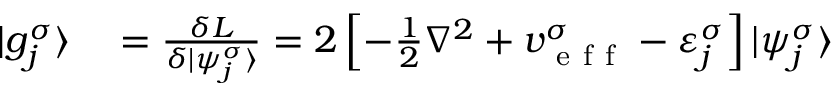
\begin{array} { r l } { | g _ { j } ^ { \sigma } \rangle } & { { } = \frac { \delta L } { \delta | \psi _ { j } ^ { \sigma } \rangle } = 2 \left[ - \frac { 1 } { 2 } \nabla ^ { 2 } + v _ { \mathrm { ~ e ~ f ~ f ~ } } ^ { \sigma } - \varepsilon _ { j } ^ { \sigma } \right] | \psi _ { j } ^ { \sigma } \rangle } \end{array}